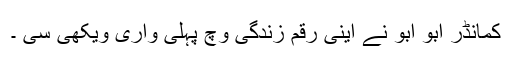
کمانڈر ابو ابو نے اینی رقم زندگی وچ پہلی واری ویکھی سی ۔